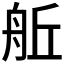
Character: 𮎈